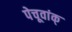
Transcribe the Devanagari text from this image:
पेचूवांक्